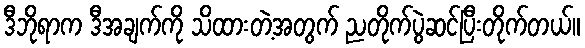
ဒီဘိုရာက ဒီအချက်ကို သိထားတဲ့အတွက် ညတိုက်ပွဲဆင်ပြီးတိုက်တယ်။